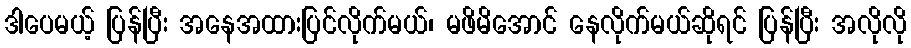
ဒါပေမယ့် ပြန်ပြီး အနေအထားပြင်လိုက်မယ်၊ မဖိမိအောင် နေလိုက်မယ်ဆိုရင် ပြန်ပြီး အလိုလို